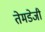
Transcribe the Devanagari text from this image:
तेमडेजी